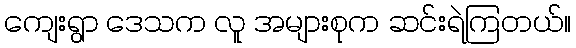
ကျေးရွာ ဒေသက လူ အများစုက ဆင်းရဲကြတယ်။